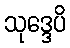
သုဒ္ဒေပိ